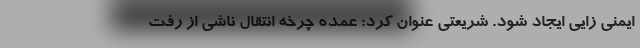
ایمنی زایی ایجاد شود. شریعتی عنوان کرد: عمده چرخه انتقال ناشی از رفت